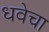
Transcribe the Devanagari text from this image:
धवेचा